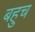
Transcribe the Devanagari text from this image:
बहुच